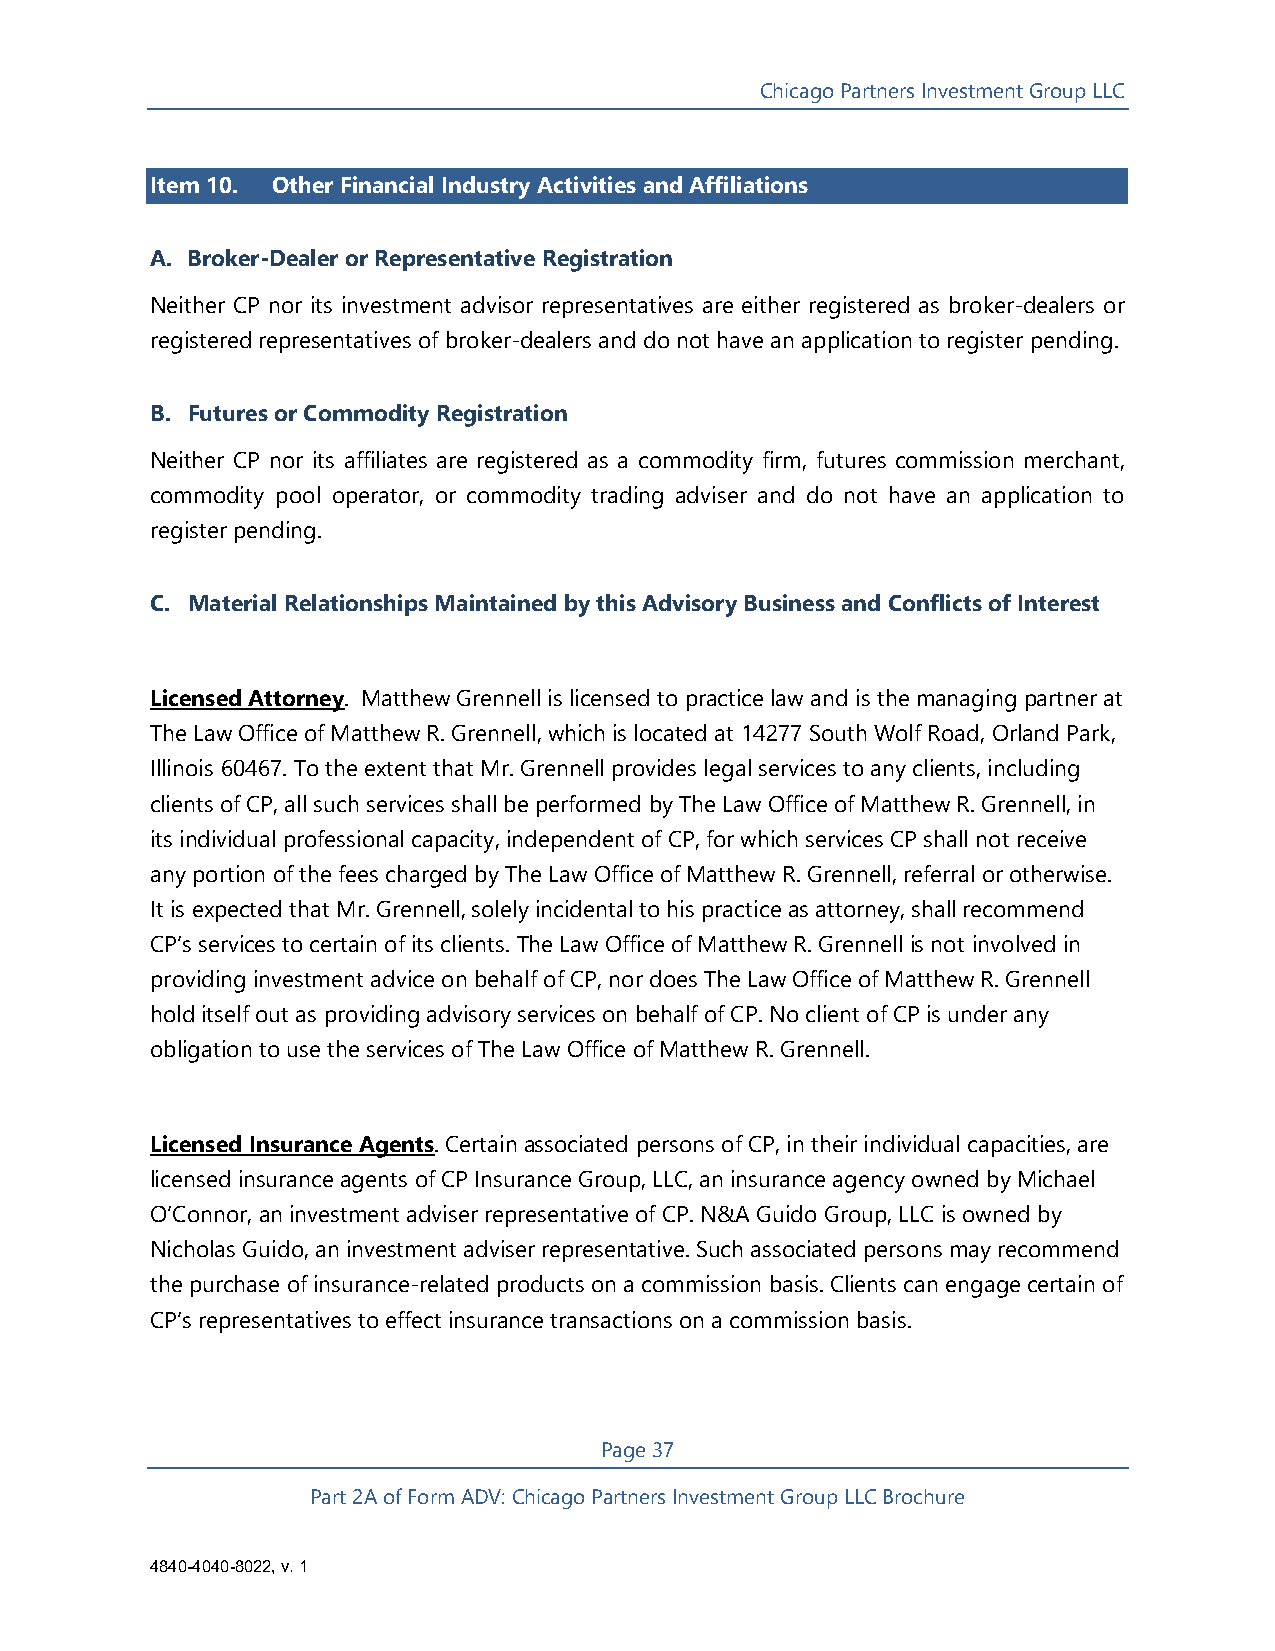
Chicago Partners Investment Group LLC
 Item 10. Other Financial Industry Activities and Affiliations
 A. Broker-Dealer or Representative Registration
 Neither CP nor its investment advisor representatives are either registered as broker-dealers or
 registered representatives of broker-dealers and do not have an application to register pending.
 B. Futures or Commodity Registration
 Neither CP nor its affiliates are registered as a commodity firm, futures commission merchant,
 commodity pool operator, or commodity trading adviser and do not have an application to
 register pending.
 C. Material Relationships Maintained by this Advisory Business and Conflicts of Interest
 Licensed Attorney. Matthew Grennell is licensed to practice law and is the managing partner at
 The Law Office of Matthew R. Grennell, which is located at 14277 South Wolf Road, Orland Park,
 Illinois 60467. To the extent that Mr. Grennell provides legal services to any clients, including
 clients of CP, all such services shall be performed by The Law Office of Matthew R. Grennell, in
 its individual professional capacity, independent of CP, for which services CP shall not receive
 any portion of the fees charged by The Law Office of Matthew R. Grennell, referral or otherwise.
 It is expected that Mr. Grennell, solely incidental to his practice as attorney, shall recommend
 CP’s services to certain of its clients. The Law Office of Matthew R. Grennell is not involved in
 providing investment advice on behalf of CP, nor does The Law Office of Matthew R. Grennell
 hold itself out as providing advisory services on behalf of CP. No client of CP is under any
 obligation to use the services of The Law Office of Matthew R. Grennell.
 Licensed Insurance Agents. Certain associated persons of CP, in their individual capacities, are
 licensed insurance agents of CP Insurance Group, LLC, an insurance agency owned by Michael
 O’Connor, an investment adviser representative of CP. N&A Guido Group, LLC is owned by
 Nicholas Guido, an investment adviser representative. Such associated persons may recommend
 the purchase of insurance-related products on a commission basis. Clients can engage certain of
 CP’s representatives to effect insurance transactions on a commission basis.
 Page 37
 Part 2A of Form ADV: Chicago Partners Investment Group LLC Brochure
 4840-4040-8022, v. 1